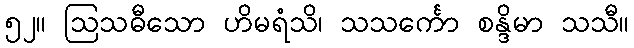
၅၂။ ဩသဓီသော ဟိမရံသိ၊ သသင်္ကော စန္ဒိမာ သသီ။